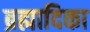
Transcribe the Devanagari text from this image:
ब्रह्मादिका